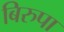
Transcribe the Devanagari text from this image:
बिरुपा